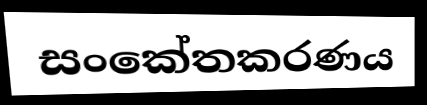
සංකේතකරණය